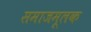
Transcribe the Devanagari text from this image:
समाजमूलक